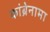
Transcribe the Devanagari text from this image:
कांब्रेनामा